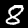
Digit: 8